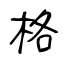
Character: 格